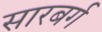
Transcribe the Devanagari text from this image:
सारबर्ग